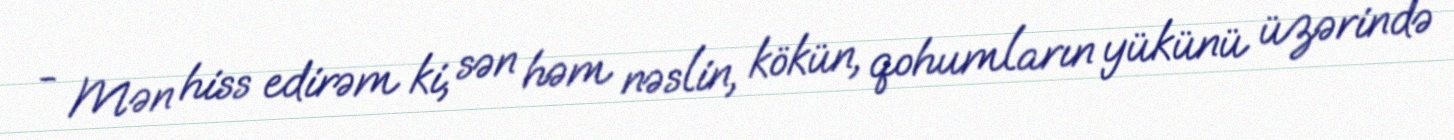
- Mən hiss edirəm ki, sən həm nəslin, kökün, qohumların yükünü üzərində